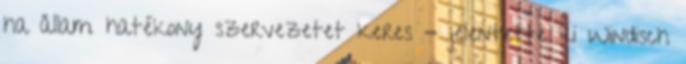
ha állam hatékony szervezetet keres - jelentette ki Windisch